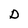
Character: D